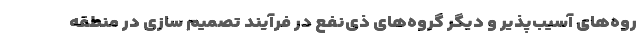
روه‌های آسیب‌پذیر و دیگر گروه‌های ذی‌نفع در فرآیند تصمیم سازی در منطقه